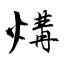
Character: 煹